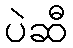
ပဲဆီ